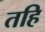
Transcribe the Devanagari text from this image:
तहि